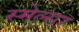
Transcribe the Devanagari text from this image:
स्मेल्सर